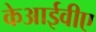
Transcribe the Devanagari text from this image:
केआईवीए